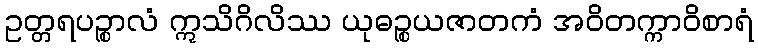
ဥတ္တရပဉ္စာလံ ဣသိဂိလိဿ ယုဓဉ္စယဇာတကံ အဝိတက္ကာဝိစာရံ